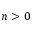
n > 0